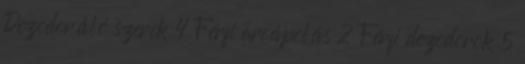
Dezodoráló szerek 4 Férfi arcápolás 2 Férfi dezodorok 5